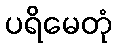
ပရိမေတုံ